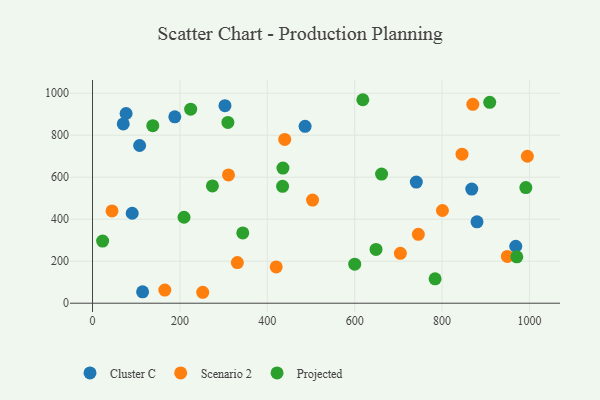
{"axis": {"x": "Engine Size", "y": "Salary"}, "legend": ["Cluster C", "Projected", "Scenario 2"], "data": [{"x": "303.1", "y": 940.6, "type": "Cluster C"}, {"x": "741.1", "y": 577.1, "type": "Cluster C"}, {"x": "868.0", "y": 543.4, "type": "Cluster C"}, {"x": "486.5", "y": 842.5, "type": "Cluster C"}, {"x": "107.8", "y": 751.2, "type": "Cluster C"}, {"x": "76.8", "y": 903.5, "type": "Cluster C"}, {"x": "880.0", "y": 387.6, "type": "Cluster C"}, {"x": "968.7", "y": 271.4, "type": "Cluster C"}, {"x": "188.3", "y": 887.9, "type": "Cluster C"}, {"x": "90.8", "y": 428.4, "type": "Cluster C"}, {"x": "114.6", "y": 54.3, "type": "Cluster C"}, {"x": "70.3", "y": 854.0, "type": "Cluster C"}, {"x": "800.9", "y": 441.6, "type": "Scenario 2"}, {"x": "870.4", "y": 947.4, "type": "Scenario 2"}, {"x": "439.9", "y": 779.8, "type": "Scenario 2"}, {"x": "503.6", "y": 491.3, "type": "Scenario 2"}, {"x": "165.4", "y": 62.5, "type": "Scenario 2"}, {"x": "420.4", "y": 172.6, "type": "Scenario 2"}, {"x": "949.5", "y": 222.7, "type": "Scenario 2"}, {"x": "704.6", "y": 237.6, "type": "Scenario 2"}, {"x": "311.2", "y": 611.1, "type": "Scenario 2"}, {"x": "745.7", "y": 328.1, "type": "Scenario 2"}, {"x": "995.3", "y": 699.9, "type": "Scenario 2"}, {"x": "44.6", "y": 439.7, "type": "Scenario 2"}, {"x": "331.5", "y": 193.5, "type": "Scenario 2"}, {"x": "252.2", "y": 52.1, "type": "Scenario 2"}, {"x": "845.7", "y": 709.8, "type": "Scenario 2"}, {"x": "274.4", "y": 558.4, "type": "Projected"}, {"x": "209.4", "y": 409.5, "type": "Projected"}, {"x": "23.1", "y": 296.0, "type": "Projected"}, {"x": "661.6", "y": 615.0, "type": "Projected"}, {"x": "600.1", "y": 185.8, "type": "Projected"}, {"x": "618.6", "y": 969.1, "type": "Projected"}, {"x": "971.1", "y": 221.0, "type": "Projected"}, {"x": "909.1", "y": 956.8, "type": "Projected"}, {"x": "309.8", "y": 860.8, "type": "Projected"}, {"x": "991.8", "y": 550.9, "type": "Projected"}, {"x": "784.1", "y": 116.3, "type": "Projected"}, {"x": "648.9", "y": 256.1, "type": "Projected"}, {"x": "435.8", "y": 643.6, "type": "Projected"}, {"x": "435.0", "y": 556.6, "type": "Projected"}, {"x": "224.6", "y": 923.9, "type": "Projected"}, {"x": "343.9", "y": 334.9, "type": "Projected"}, {"x": "137.9", "y": 845.4, "type": "Projected"}]}